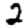
Digit: 2